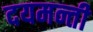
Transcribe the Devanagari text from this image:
दयमन्ती